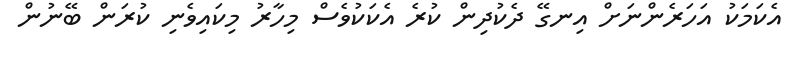
އެކަމަކު އަހަރެންނަށް އިނގޭ ދެކުދިން ކުރެ އެކަކުވެސް މިހާރު މިކައިވެނި ކުރަން ބޭނުން